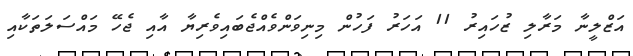
އަޒްލީނާ މަރާލި ޒުހައިރު 11 އަހަރު ފަހުން މިނިވަންވެއްޖެބައިވެރިޔާ އާއި ޖެހޭ މައްސަލަތަކާއި